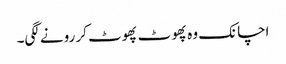
اچانک وہ پھوٹ پھوٹ کر رونے لگی۔